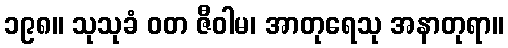
၁၉၈။ သုသုခံ ဝတ ဇီဝါမ၊ အာတုရေသု အနာတုရာ။